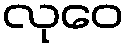
လုဝေ